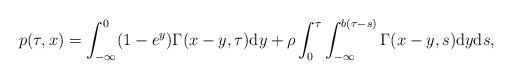
LaTeX: \begin{align*}p(\tau, x) = \int_{-\infty}^{0}(1-e^{y})\Gamma(x-y, \tau)\mathrm{d}y + \rho \int_{0}^{\tau}\int_{-\infty}^{b(\tau - s)}\Gamma(x-y, s)\mathrm{d}y\mathrm{d}s,\end{align*}